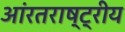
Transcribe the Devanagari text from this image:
आंरतराष्ट्रीय